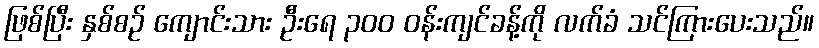
ဖြစ်ပြီး နှစ်စဉ် ကျောင်းသား ဦးရေ ၃၀၀ ဝန်းကျင်ခန့်ကို လက်ခံ သင်ကြားပေးသည်။